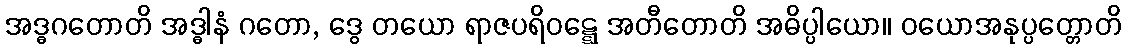
အဒ္ဓဂတောတိ အဒ္ဓါနံ ဂတော, ဒွေ တယော ရာဇပရိဝဋ္ဋေ အတီတောတိ အဓိပ္ပါယော။ ဝယောအနုပ္ပတ္တောတိ